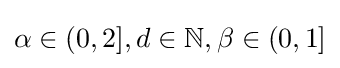
\alpha \in (0,2],d\in \mathbb {N} ,\beta \in (0,1]